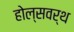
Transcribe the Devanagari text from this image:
होल्सवर्थ